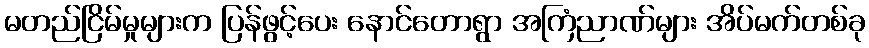
မတည်ငြိမ်မှုများက ပြန်ဖွင့်ပေး နောင်တောရွာ အကြံညာဏ်များ အိပ်မက်တစ်ခု